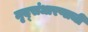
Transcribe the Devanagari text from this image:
मृद्संधारणाची